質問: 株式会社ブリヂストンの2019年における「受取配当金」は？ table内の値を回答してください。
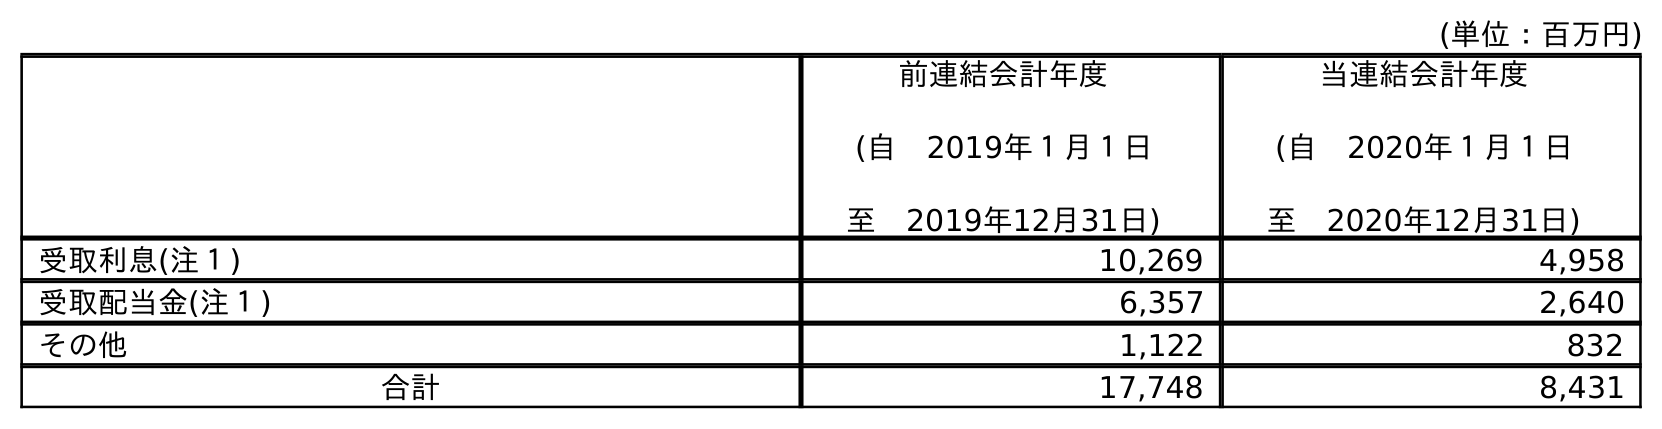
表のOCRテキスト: (単位：百万円) 前連結会計年度 (自 2019年１月１日 至 2019年12月31日) 当連結会計年度 (自 2020年１月１日 至 2020年12月31日) 受取利息(注１) 10,269 4,958 受取配当金(注１) 6,357 2,640 その他 1,122 832 合計 17,748 8,431
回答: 6,357